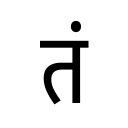
OCR:
तं